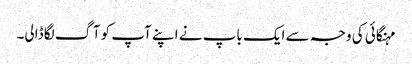
مہنگائی کی وجہ سے ایک باپ نے اپنے آپ کو آگ لگا ڈالی۔